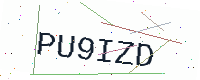
Text: PU9IZD